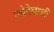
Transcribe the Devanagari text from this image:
लोटेवाडी